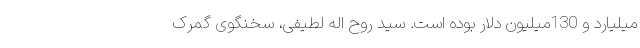
میلیارد و 130میلیون دلار بوده است. سید روح اله لطیفی، سخنگوی گمرک